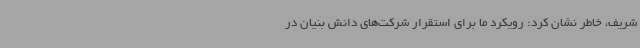
شریف، خاطر نشان کرد: رویکرد ما برای استقرار شرکت‌های دانش بنیان در